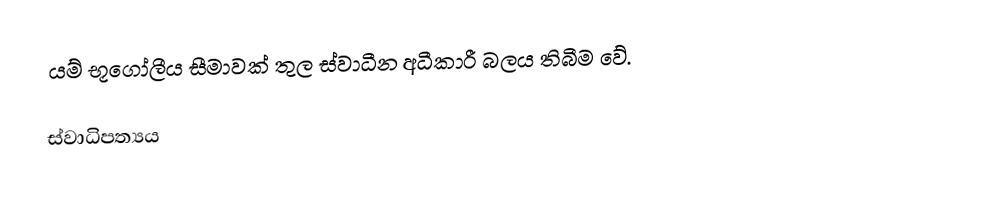
යම් භූගෝලීය සීමාවක් තුල ස්වාධීන අධීකාරී බලය තිබීම  වේ.

ස්වාධිපත්‍යය